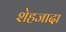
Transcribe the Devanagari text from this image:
शेहजादा